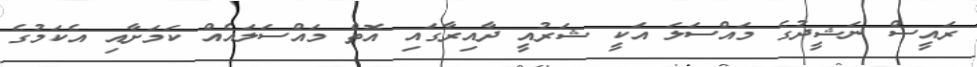
ރައީސް ނަޝީދުގެ މައްސަލަ އަކީ ޝަރުއީ ދާއިރާގައި އޮތް މައްސަލައެއް ކަމަށާއި އެކަމުގެ